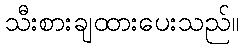
သီးစားချထားပေးသည်။